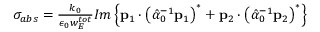
\begin{array} { r l } & { \sigma _ { a b s } = \frac { k _ { 0 } } { \epsilon _ { 0 } w _ { E } ^ { t o t } } I m \left\{ \mathbf { p } _ { 1 } \cdot \left( \hat { \alpha } _ { 0 } ^ { - 1 } \mathbf { p } _ { 1 } \right) ^ { * } + \mathbf { p } _ { 2 } \cdot \left( \hat { \alpha } _ { 0 } ^ { - 1 } \mathbf { p } _ { 2 } \right) ^ { * } \right\} } \end{array}